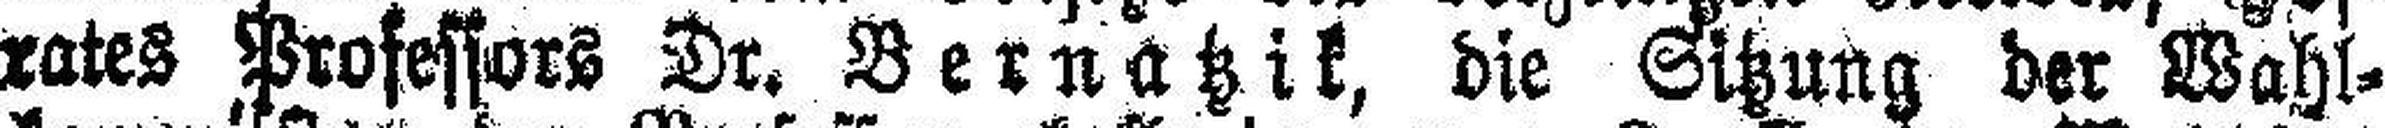
rates Professors Dr. Bernatzik, die Sitzung der Wahl¬